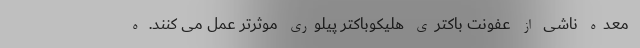
معده ناشی از عفونت باکتری هلیکوباکتر پیلوری موثرتر عمل می کنند. ه